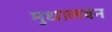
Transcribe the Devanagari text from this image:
मुधालवन